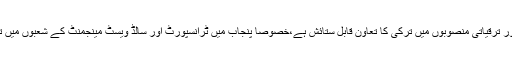
وزیراعلیٰ محمد شہباز شریف نے کہا کہ پنجاب اور پاکستان کے فلاحی اور ترقیاتی منصوبوں میں ترکی کا تعاون قابل ستائش ہے،خصوصاً پنجاب میں ٹرانسپورٹ اور سالڈ ویسٹ مینجمنٹ کے شعبوں میں ترک کمپنیوں کے تعاون سے انتہائی کامیابی سے منصوبے چل رہے ہیں۔